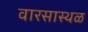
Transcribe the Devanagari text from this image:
वारसास्थळ